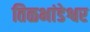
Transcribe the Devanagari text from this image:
तिळभांडेश्वर